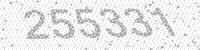
Solution: 255331